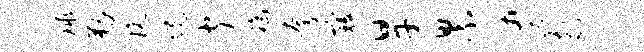
球勒玩境闻福夸寇旱累勇敬